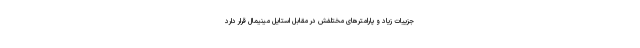
جزییات زیاد و پارامترهای مختلفش در مقابل استایل مینیمال قرار دارد